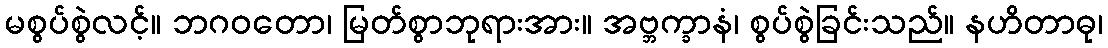
မစွပ်စွဲလင့်။ ဘဂဝတော၊ မြတ်စွာဘုရားအား။ အဗ္ဘက္ခာနံ၊ စွပ်စွဲခြင်းသည်။ နဟိတာဓု၊